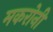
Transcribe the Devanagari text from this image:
मकरोनी